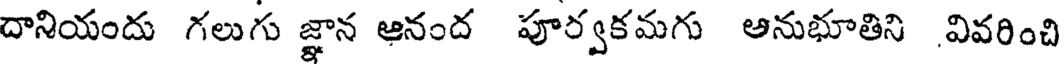
దానియందు గలుగు జ్ఞాన ఆనంద పూర్వకమగు అనుభూతిని వివరించి